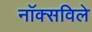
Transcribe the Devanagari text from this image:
नाॅक्सविले